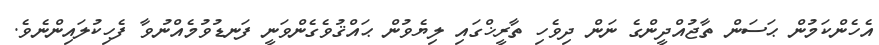
އެހެންކަމުން ޙަސަން ތާޖުއްދީންގެ ނަން ދިވެހި ތާރީޚްގައި ލިޔެވުން ޙައްޤުވެގެންވަނީ ފަނޑުވުމެއްނުވާ ފެހިކުލައިންނެވެ.